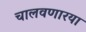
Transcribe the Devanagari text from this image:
चालवणारया